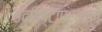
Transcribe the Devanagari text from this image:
उद्दिष्टाप्रमाणे